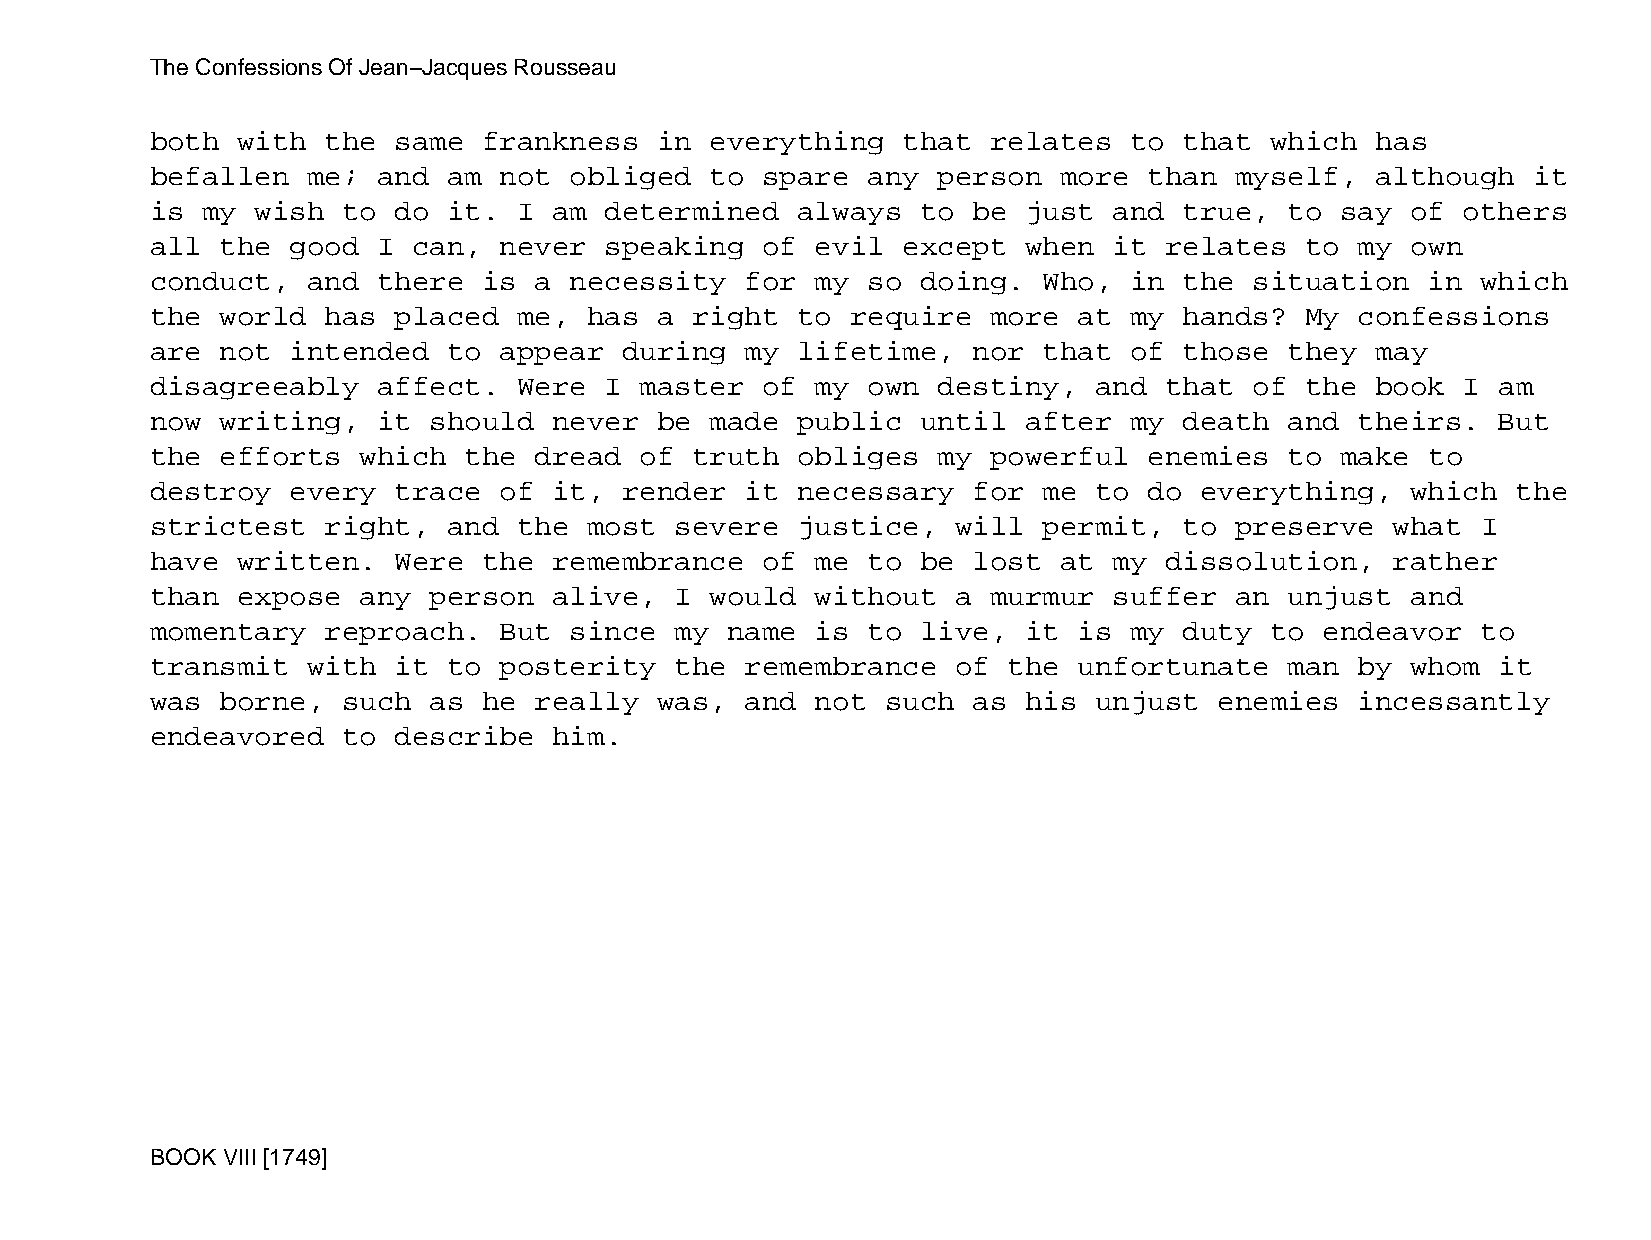
The Confessions Of Jean−Jacques Rousseau
 both  with  the same  frankness   in everything   that  relates  to that  which  has
 befallen  me;  and  am not  obliged  to spare  any  person  more  than  myself,  although  it
 is my  wish  to do  it. I  am determined   always  to be  just  and true,  to  say of  others
 all  the good  I can,  never  speaking  of  evil  except  when  it relates  to  my own
 conduct,  and  there  is a  necessity  for  my so  doing.  Who,  in the  situation   in which
 the  world  has placed  me,  has  a right  to require   more at  my hands?  My  confessions
 are  not intended   to appear  during  my  lifetime,  nor  that  of those  they  may
 disagreeably   affect.  Were  I master  of  my own  destiny,  and  that  of the  book  I am
 now  writing,  it should   never  be made  public  until  after  my death  and  theirs.  But
 the  efforts  which  the dread  of  truth  obliges  my  powerful  enemies  to  make  to
 destroy  every  trace  of  it, render  it  necessary  for  me to  do everything,   which  the
 strictest   right,  and the  most  severe  justice,  will  permit,  to  preserve  what  I
 have  written.  Were  the  remembrance  of  me to  be lost  at  my dissolution,   rather
 than  expose  any person   alive,  I would  without  a  murmur  suffer  an unjust  and
 momentary   reproach.  But  since  my name  is to  live,  it is  my duty  to  endeavor  to
 transmit  with  it  to posterity   the remembrance   of  the unfortunate   man  by whom  it
 was  borne,  such as  he really   was, and  not  such as  his unjust   enemies  incessantly
 endeavored   to describe   him.
 BOOK VIII [1749]